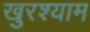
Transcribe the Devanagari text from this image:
खुरश्याम